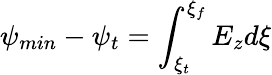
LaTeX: \psi_{min}-\psi_{t}=\int_{\xi_{t}}^{\xi_{f}}E_{z}d\xi